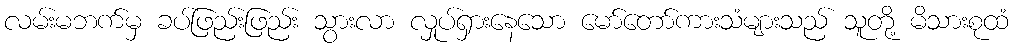
လမ်းမဘက်မှ ခပ်ဖြည်းဖြည်း သွားလာ လှုပ်ရှားနေသော မော်တော်ကားသံများသည် သူတို့ မိသားစုထံ